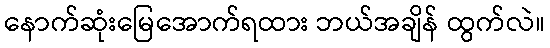
နောက်ဆုံးမြေအောက်ရထား ဘယ်အချိန် ထွက်လဲ။